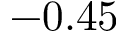
- 0 . 4 5